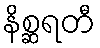
နိစ္ဆရတီ